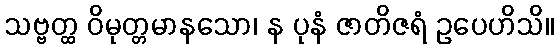
သဗ္ဗတ္ထ ဝိမုတ္တမာနသော၊ န ပုနံ ဇာတိဇရံ ဥပေဟိသိ။